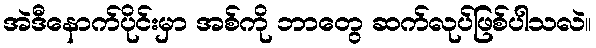
အဲဒီနောက်ပိုင်းမှာ အစ်ကို ဘာတွေ ဆက်လုပ်ဖြစ်ပါသလဲ။